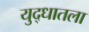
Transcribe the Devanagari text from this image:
युद्धातला